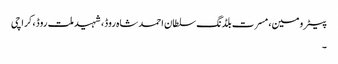
پیٹرومین، مسرت بلڈنگ سلطان احمد شاہ روڈ، شہید ملت روڈ، کراچی
۔